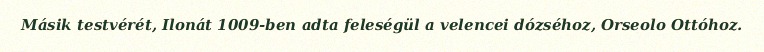
Másik testvérét, Ilonát 1009-ben adta feleségül a velencei dózséhoz, Orseolo Ottóhoz.